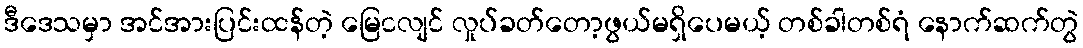
ဒီဒေသမှာ အင်အားပြင်းထန်တဲ့ မြေငလျင် လှုပ်ခတ်တော့ဖွယ်မရှိပေမယ့် တစ်ခါတစ်ရံ နောက်ဆက်တွဲ